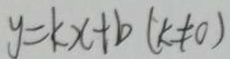
y = k x + b ( k \neq 0 )